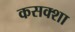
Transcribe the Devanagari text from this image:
कसक्शा